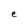
Character: e